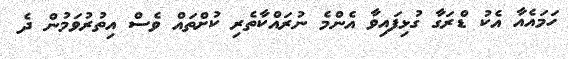
ހަމައެއާ އެކު ޑްރަގާ ގުޅިފައިވާ އެންމެ ނުރައްކާތެރި ކުށްތައް ވެސް އިތުރުވަމުން ދެ